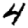
Digit: 4